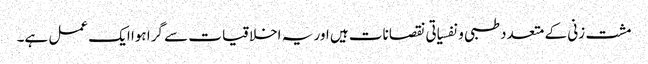
مشت زنی کے متعدد طبی و نفسیاتی نقصانات ہیں اور یہ اخلاقیات سے گرا ہوا ایک عمل ہے۔